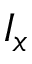
I _ { x }